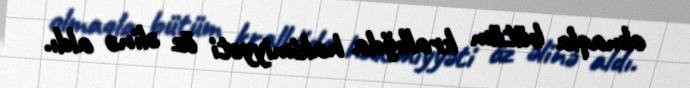
olmaqla bütüm krallığda hakimiyyəti öz əlinə aldı.